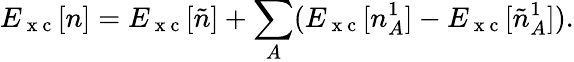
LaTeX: E_{\mathrm{~x~c~}}[n]=E_{\mathrm{~x~c~}}[\tilde{n}]+\sum_{A}(E_{\mathrm{~x~c~}}[n_{A}^{1}]-E_{\mathrm{~x~c~}}[\tilde{n}_{A}^{1}]).